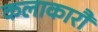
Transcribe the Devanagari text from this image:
कलाकारौं